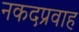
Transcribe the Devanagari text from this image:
नकदप्रवाह